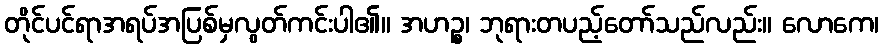
တိုင်ပင်ရာအရပ်အပြစ်မှလွတ်ကင်းပါ၏။ အဟဉ္စ၊ ဘုရားတပည့်တော်သည်လည်း။ လောကေ၊